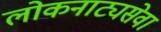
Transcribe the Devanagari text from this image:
लोकनाट्यसेवा